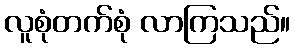
လူစုံတက်စုံ လာကြသည်။